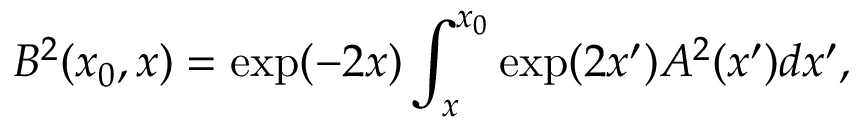
B ^ { 2 } ( x _ { 0 } , x ) = \exp ( - 2 x ) \int _ { x } ^ { x _ { 0 } } \exp ( 2 x ^ { \prime } ) A ^ { 2 } ( x ^ { \prime } ) d x ^ { \prime } ,